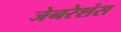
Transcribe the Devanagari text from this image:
जेनरेशंस